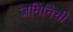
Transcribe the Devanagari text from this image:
जमिनिची